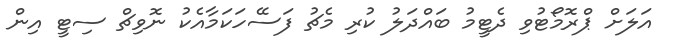
އަލަށް ޕްރޮމޯޓުވި ދެޓީމު ބައްދަލު ކުރި މެޗު ފަސޭހަކަމާއެކު ނޮވިޗް ސިޓީ އިން